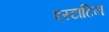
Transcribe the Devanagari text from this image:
एस्टाटिन